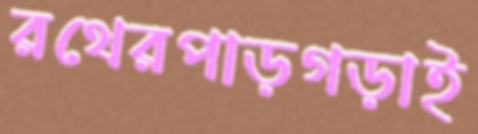
রথেরপাড়গড়াই